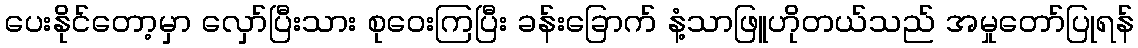
ပေးနိုင်တော့မှာ လှော်ပြီးသား စုဝေးကြပြီး ခန်းခြောက် နံ့သာဖြူဟိုတယ်သည် အမှုတော်ပြုရန်